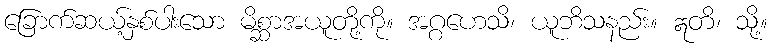
ခြောက်ဆယ့်နှစ်ပါးသော မိစ္ဆာအယူတို့ကို။ အဂ္ဂဟေသိ၊ ယူဘိသနည်း။ ဣတိ၊ သို့။